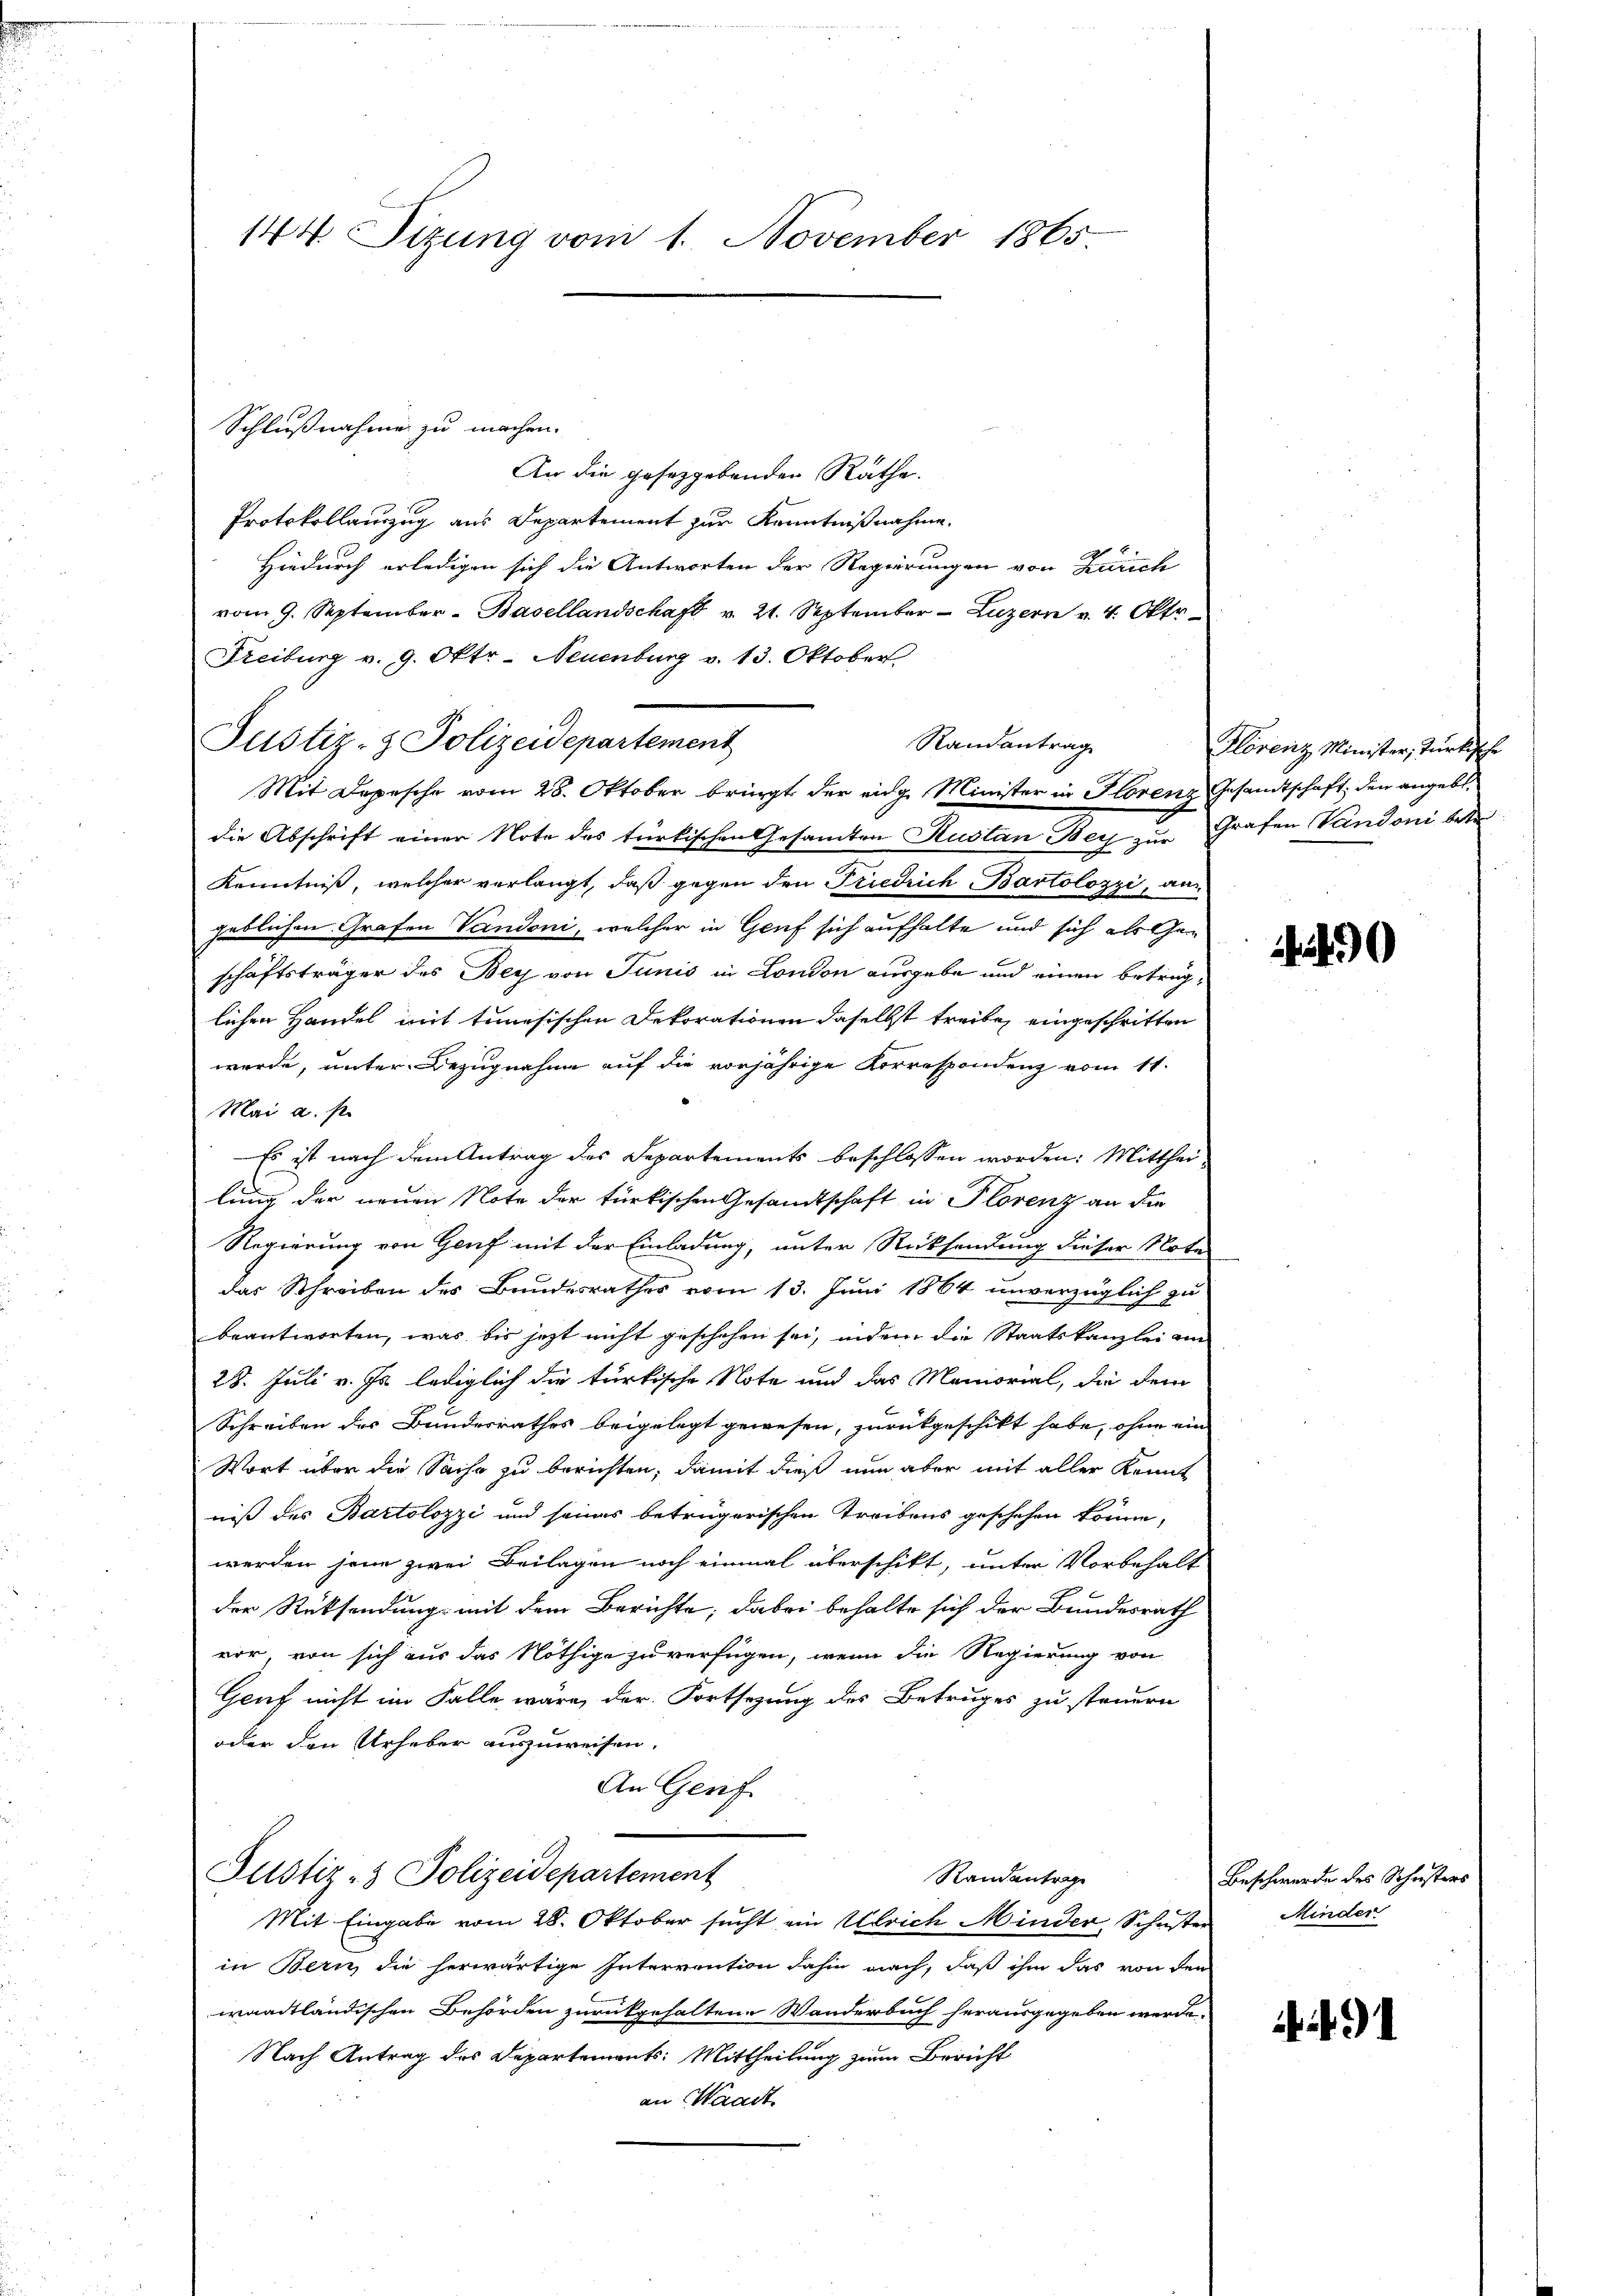
144. Sitzung vom 1. November 1865.

An die gesetzgebenden Rathe.
Protokollauszug aus Departement zur Kenntnißnahme.
Hiedurch erledigen sich die Antworten der Regierungen von Zürich
vom 9. September - Basellandschaft v. 21. September Luzern v. 4. Oktr
Freiburg v. 9. Okt. - Neuenburg v. 13. Oktober
Justiz- & Polizeidepartement
Randantrag
Mit Depesche vom 28. Oktober bringt der eidg. Minister in Florenz Gesandtschaft, den angebt.
die Abschrift einer Note des türkischen Gesamten Kustan Bey zu Grafen Vandoni betr
Kenntniß, welcher verlangt, daß gegen den Friedrich Bartolozzi, aus
geblichen Grafen Vandoni, welcher in Genf sich aufhalte und sich als Geschäftsträger des Bey von Junis in London ausgebe und einen betraglichen Handel mit tunesischen Dekorationen daselbst treibe, eingeschritten
werde, unter Bezugnahme auf die vorjährige Korrespondenz vom 11.
Mai a. f.
Es ist nach dem Antrag des Departements beschlossen worden: Mitthei-
lung der neuen Note der türkischen Gesandtschaft in Florenz an die
Regierung von Genf mit der Einladung, unter Rücksendung dieser Note
Das Schreiben des Bundesrathes vom 13. Juni 1864 unverzüglich zu
beantworten, was bis jetzt nicht geschehen sei, indem die Staatskanzlei an
28. Juli v. Js. lediglich die türkische Note und das Memorial, die dem
Schreiben des Bundesrathes beigelegt gewesen, zurückgeschickt habe, ohne ein
Wort über die Sache zu berichten, damit dieß nun aber mit aller Kennt
niß des Bartolozzi und seines betrügerischen Treibens geschehen könne,
werden jene zwei Beilagen noch einmal überschikt, unter Vorbehalt
der Rücksendung mit dem Berichte; dabei behalte sich der Bundesrath
vor, von sich aus das Nöthige zu verfügen, wenn die Regierung von
Geuf nicht im Falle wäre, der Fortsezung des Betruges zu steuern
oder den Urheber auszuweisen.
An Genf
Justiz- & Polizeidepartement
Randantrage
Mit Eingabe vom 28. Oktober sucht ein Ulrich Minder, Schuster
in Bern, die herwärtige Interrention dahin nach, daß ihm das von den
waadtländischen Behörden zurückgehaltene Wanderbuch herausgegeben werde.
Nach Antrag des Departements: Mittheilung zum Bericht
an Waadt

Schlußnahme zu machen.

Florenz Minister, türkische

40

Beschwerde des Schwisters
Minder